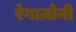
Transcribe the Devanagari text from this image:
रेगाज़ोनी